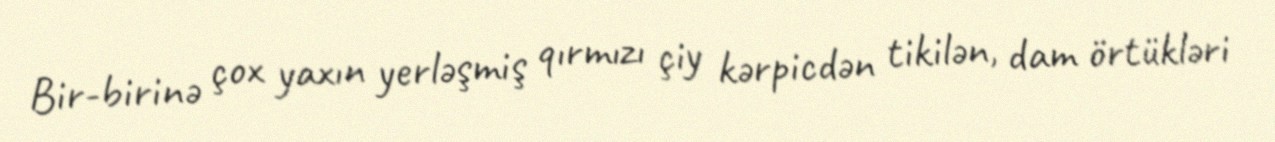
Bir-birinə çox yaxın yerləşmiş qırmızı çiy kərpicdən tikilən, dam örtükləri